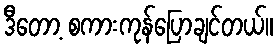
ဒီတော့ စကားကုန်ပြောချင်တယ်။